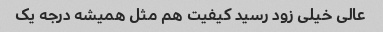
عالی خیلی زود رسید کیفیت هم مثل همیشه درجه یک